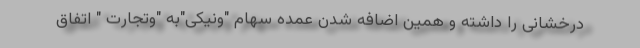
درخشانی را داشته و همین اضافه شدن عمده سهام "ونیکی"به "وتجارت " اتفاق